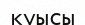
қуысы